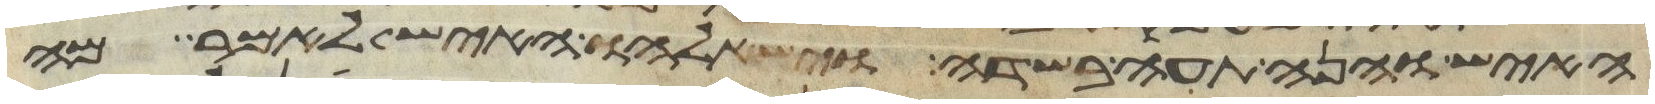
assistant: האיש והנה תעה בשדה וישאלהו האיש לאמר מה